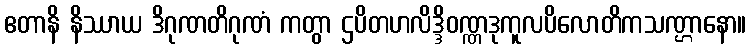
ဧတာနိ နိဿာယ ဒိဂုဏတိဂုဏံ ကတွာ ဌပိတဟလိဒ္ဒိဝဏ္ဏဒုကူလပိလောတိကသဏ္ဌာနော။